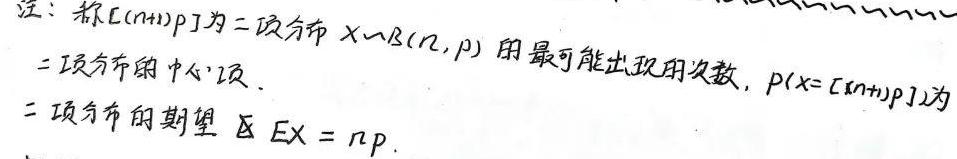
注：称$[(n + 1)p]$为二项分布$X\sim B(n,p)$的最可能出现的次数，$P(X = [(n + 1)p])$为二项分布的中心项.
二项分布的期望$EX=np$.